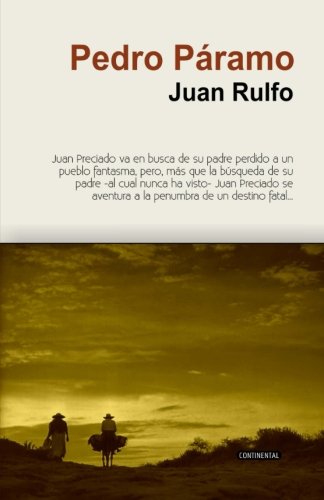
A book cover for Pedro PÃ¡ramo (Grandes Clasicos) (Spanish Edition); Juan Rulfo; Literature & Fiction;